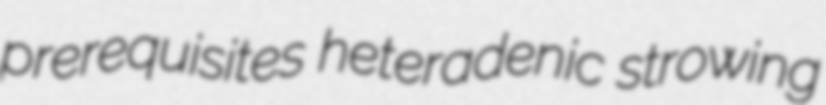
prerequisites heteradenic strowing